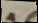
a